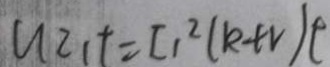
U Z _ { 1 } t = I _ { 1 } ^ { 2 } ( k + v ) t